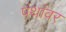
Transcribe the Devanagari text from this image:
पंथांवर